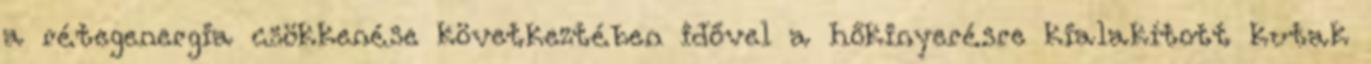
a rétegenergia csökkenése következtében idővel a hőkinyerésre kialakított kutak